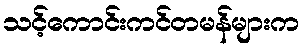
သင့်ကောင်းကင်တမန်များက